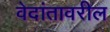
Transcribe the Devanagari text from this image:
वेदांतावरील